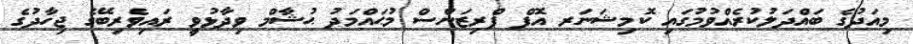
މިއަދުގެ ބައްދަލުކުރެއްވުމުގައި ކޮމިޝަނަރ އޮފް ޕްރިޒަންސް މުޙައްމަދު ޙުޝާމް ވިދާޅުވީ ރައިވެރިބޭގެ ޖިހާދުގެ